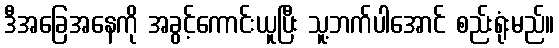
ဒီအခြေအနေကို အခွင့်ကောင်းယူပြီး သူ့ဘက်ပါအောင် စည်းရုံးမည်။